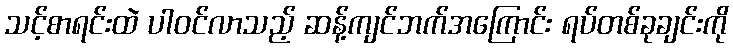
သင့်စာရင်းထဲ ပါဝင်လာသည့် ဆန့်ကျင်ဘက်အကြောင်း ရပ်တစ်ခုချင်းကို